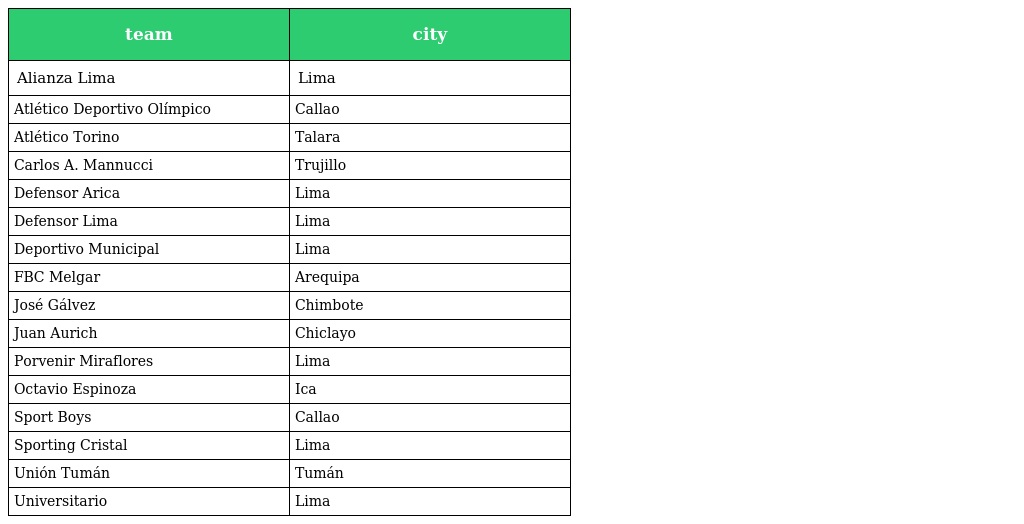
| team | city |
 | --- | --- |
 | Alianza Lima | Lima |
 | Atlético Deportivo Olímpico | Callao |
 | Atlético Torino | Talara |
 | Carlos A. Mannucci | Trujillo |
 | Defensor Arica | Lima |
 | Defensor Lima | Lima |
 | Deportivo Municipal | Lima |
 | FBC Melgar | Arequipa |
 | José Gálvez | Chimbote |
 | Juan Aurich | Chiclayo |
 | Porvenir Miraflores | Lima |
 | Octavio Espinoza | Ica |
 | Sport Boys | Callao |
 | Sporting Cristal | Lima |
 | Unión Tumán | Tumán |
 | Universitario | Lima |